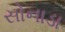
સોનાડા